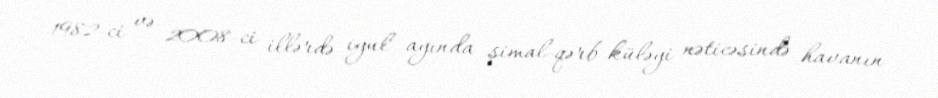
1982-ci və 2008-ci illərdə iyul ayında şimal-qərb küləyi nəticəsində havanın